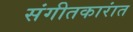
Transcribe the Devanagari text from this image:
संगीतकारांत